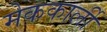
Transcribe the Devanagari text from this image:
मेककार्ली